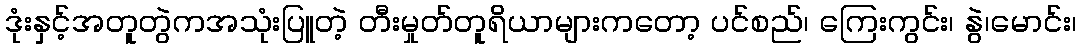
ဒုံးနှင့်အတူတွဲကအသုံးပြူတဲ့ တီးမှုတ်တူရိယာများကတော့ ပင်စည်၊ ကြေးကွင်း၊ နွဲ၊မောင်း၊